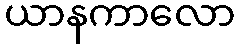
ယာနကာလော